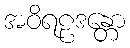
အဝိရဠဒန္တော